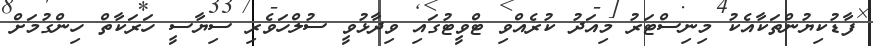
ފާޑުކިޔުންތަކާއެކު މިނިސްޓަރު މިއަދު ކުރެއްވި ޓްވީޓުގައި ވިދާޅުވީ ސުލްހަވެރި ސިޔާސީ ހަރަކާތް ހިންގުމަށް